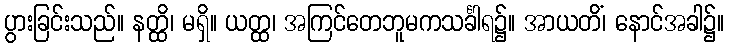
ပွားခြင်းသည်။ နတ္ထိ၊ မရှိ။ ယတ္ထ၊ အကြင်တေဘူမကသင်္ခါရ၌။ အာယတိံ၊ နောင်အခါ၌။